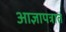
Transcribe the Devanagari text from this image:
आज्ञापत्रात